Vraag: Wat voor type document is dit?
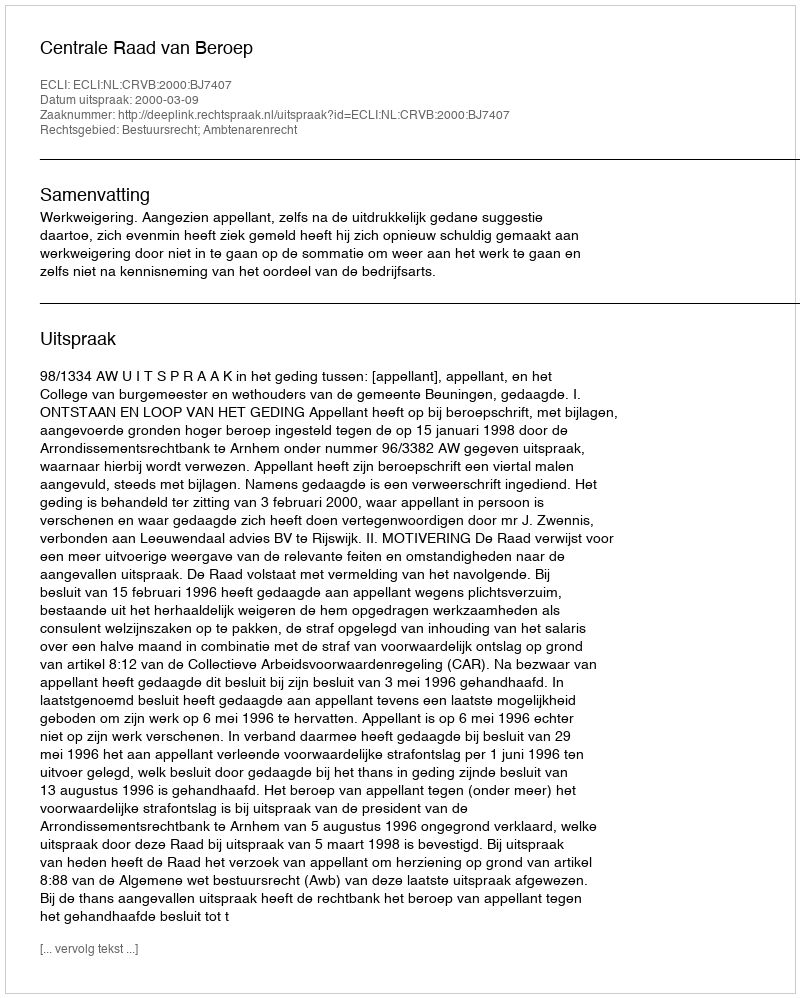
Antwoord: Uitspraak